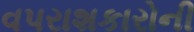
વપરાશકારોની